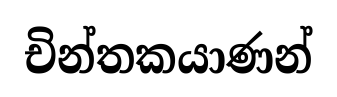
චින්තකයාණන්